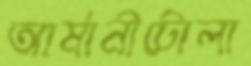
আর্মানীটোলা